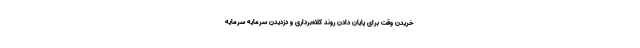
خریدن وقت برای پایان دادن روند کلاه‌برداری و دزدیدن سرمایه سرمایه